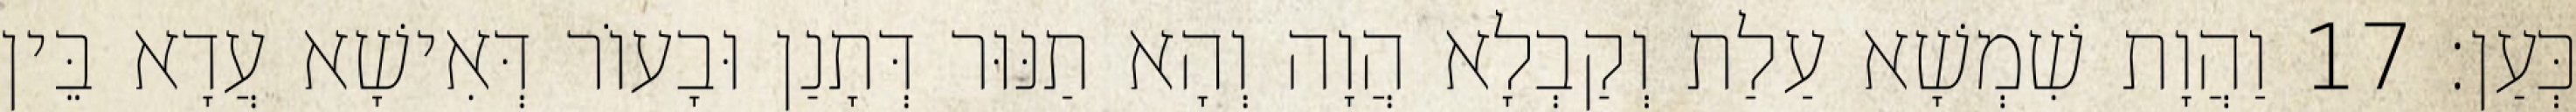
כְּעַן׃ 17 וַהֲוָת שִׁמְשָׁא עַלַת וְקַבְלָא הֲוָה וְהָא תַנּוּר דְּתָנַן וּבָעוֹר דְּאִישָׁא עֲדָא בֵּין